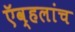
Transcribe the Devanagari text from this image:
ऍव्हलांच